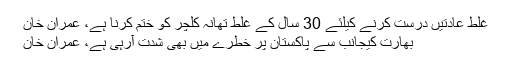
غلط عادتیں درست کرنے کیلئے 30 سال کے غلط تھانہ کلچر کو ختم کرنا ہے، عمران خان
بھارت کیجانب سے پاکستان پر خطرے میں بھی شدت آرہی ہے، عمران خان